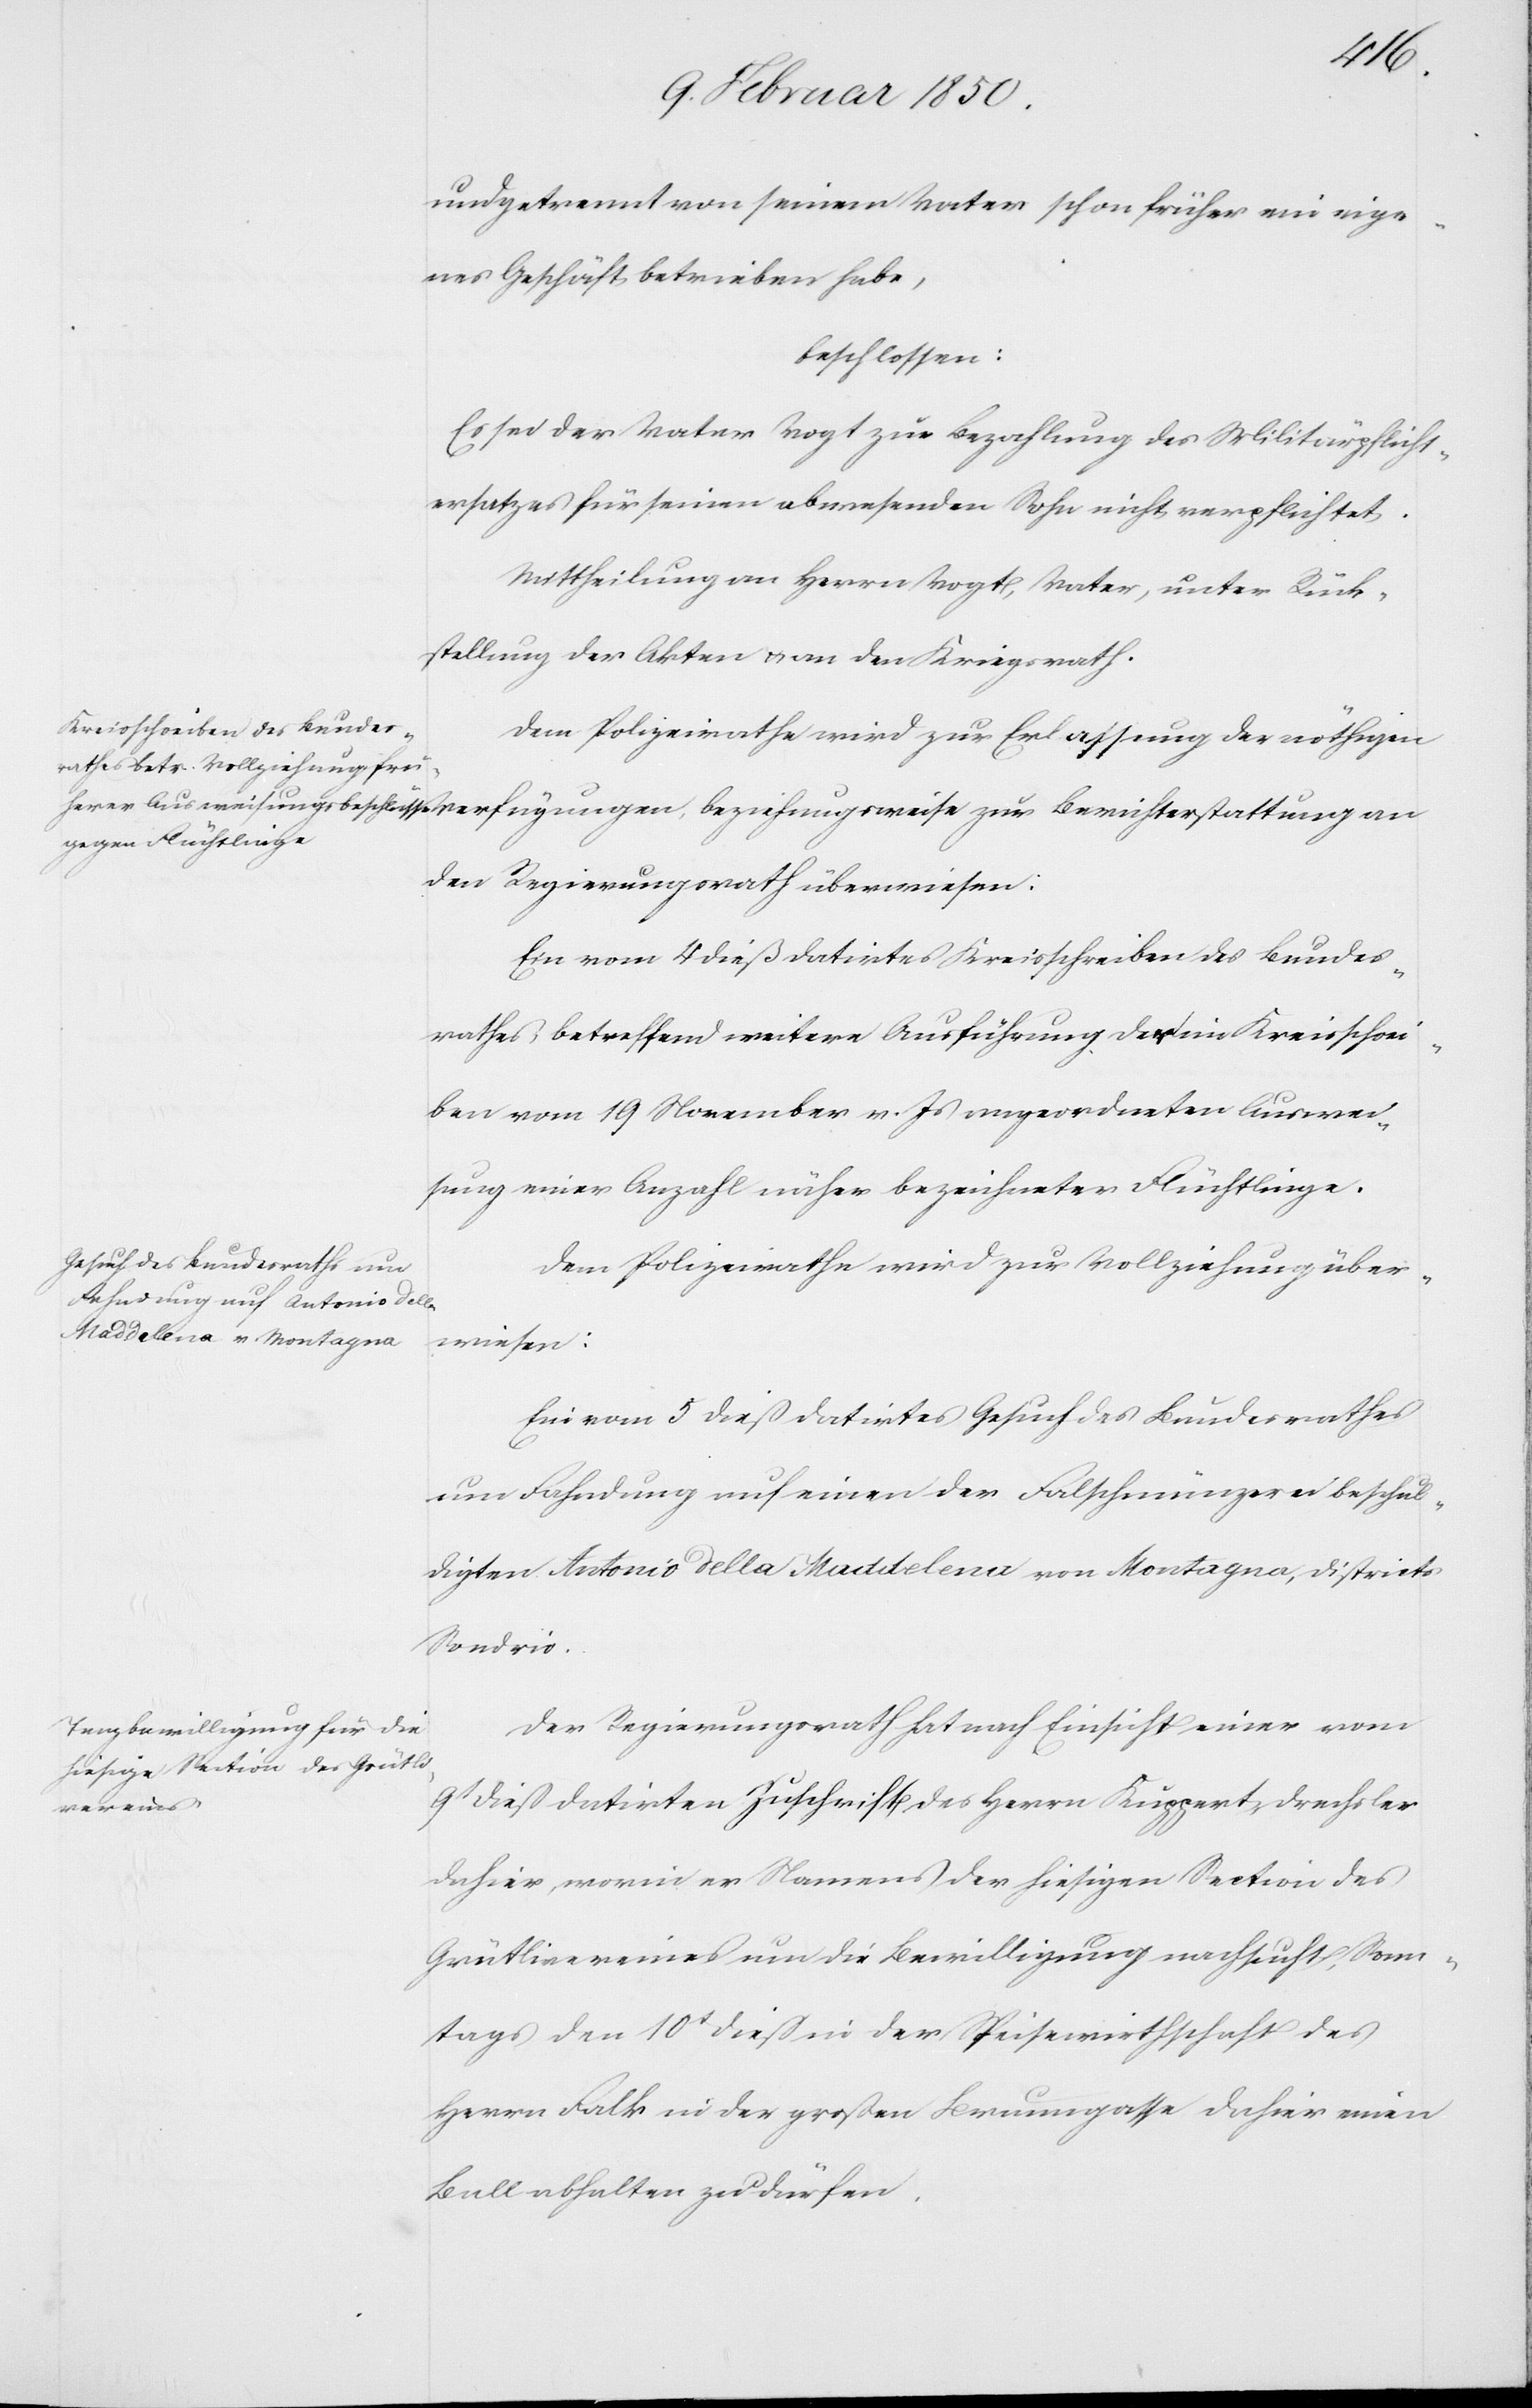
und getrennt von seinem Vater schon früher ein eige¬
nes Geschäft betrieben habe,
beschlossen:
Es sei der Vater Vogt zur Bezahlung des Militärpflicht¬
ersatzes für seinen abwesenden Sohn nicht verpflichtet.
Mittheilung an Herrn Vogt, Vater, unter Rück¬
stellung der Akten u. an den Kriegsrath.
Dem Polizeirathe wird zur Erlassung der nöthigen
den Regierungsrath überwiesen:
Ein vom 4 dieß datirtes Kreisschreiben des Bundes¬
rathes, betreffend weitere Ausführung der im Kreisschrei¬
ben vom 19 November v. Js angeordneten Auswei¬
sung einer Anzahl näher bezeichneter Flüchtlinge.
Dem Polizeirathe wird zur Vollziehung über¬
wiesen:
Ein vom 5 dieß datirtes Gesuch des Bundesrathes
um Fahndung auf einen der Falschmünzerei beschul¬
digten Antonio della Maddelena von Montagna, Districts
Sondrio.
Der Regierungsrath hat nach Einsicht einer vom
9t dieß datirten Zuschrift des Herrn Kuppert, Drachsler
dahier, worin er Namens der hiesigen Section des
Grütlivereines um die Bewilligung nachsucht, Sonn¬
tags den 10t dieß in der Speisewirthschaft des
Herrn Falk in der großen Brunngasse dahier einen
Ball abhalten zu dürfen.